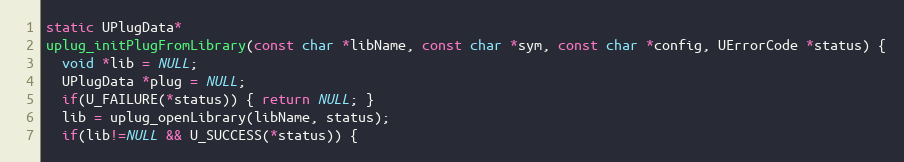
Language: C++
static UPlugData*
uplug_initPlugFromLibrary(const char *libName, const char *sym, const char *config, UErrorCode *status) {
  void *lib = NULL;
  UPlugData *plug = NULL;
  if(U_FAILURE(*status)) { return NULL; }
  lib = uplug_openLibrary(libName, status);
  if(lib!=NULL && U_SUCCESS(*status)) {